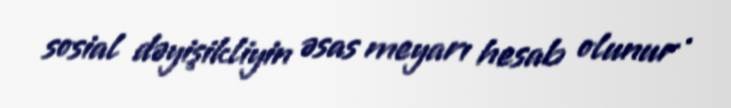
sosial dəyişikliyin əsas meyarı hesab olunur .